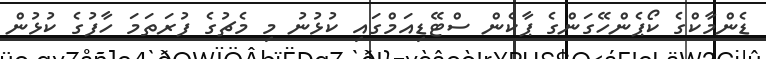
ޑެންމާކްގެ ކޯޕެންހޭގަންގެ ޕާކެން ސްޓޭޑިއަމްގައި ކުޅުނު މި މެޗުގެ ފުރަތަމަ ހާފުގެ ކުޅުން